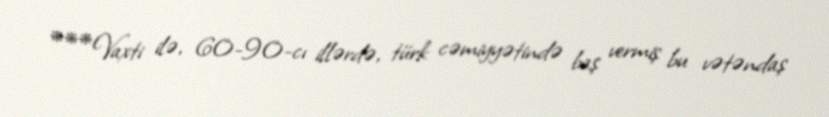
***Vaxti ilə, 60-90-cı illərdə, türk cəmiyyətində baş vermiş bu vətəndaş